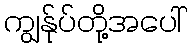
ကျွန်ုပ်တို့အပေါ်